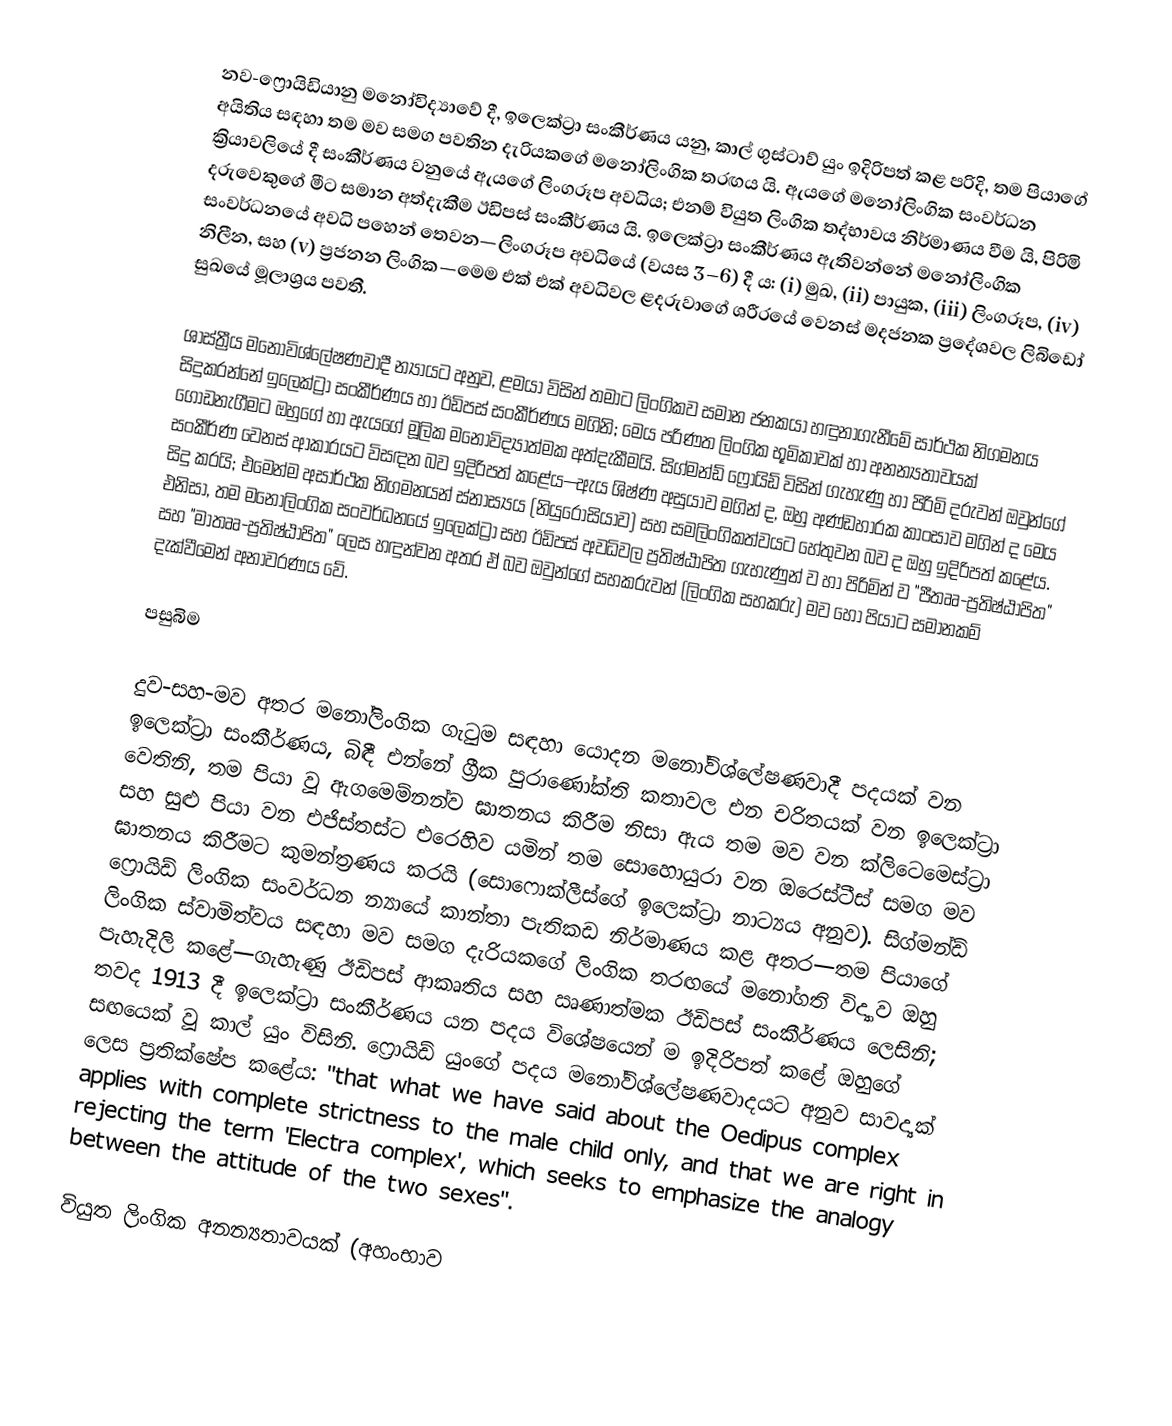
නව-ෆ්‍රොයිඩියානු මනෝවිද්‍යාවේ දී, ඉලෙක්ට්‍රා සංකීර්ණය යනු, කාල් ගුස්ටාව් යුං ඉදිරිපත් කළ පරිදි, තම පියාගේ අයිතිය සඳහා තම මව සමග පවතින දැරියකගේ මනෝලිංගික තරඟය යි. ඇයගේ මනෝලිංගික සංවර්ධන ක්‍රියාවලියේ දී සංකීර්ණය වනුයේ ඇයගේ ලිංගරූප අවධිය; එනම් වියුත ලිංගික තද්භාවය නිර්මාණය වීම යි, පිරිමි දරුවෙකුගේ මීට සමාන අත්දැකීම ඊඩිපස් සංකීර්ණය යි. ඉලෙක්ට්‍රා සංකීර්ණය ඇතිවන්නේ මනෝලිංගික සංවර්ධනයේ අවධි පහෙන් තෙවන—ලිංගරූප අවධියේ (වයස 3–6) දී ය: (i) මුඛ, (ii) පායුක, (iii) ලිංගරූප, (iv) නිලීන, සහ (v) ප්‍රජනන ලිංගික—මෙම එක් එක් අවධිවල ළදරුවාගේ ශරීරයේ වෙනස් මදජනක ප්‍රදේශවල ලිබිඩෝ සුඛයේ මූලාශ්‍රය පවතී.

ශාස්ත්‍රීය මනෝවිශ්ලේෂණවාදී න්‍යායට අනුව, ළමයා විසින් තමාට ලිංගිකව සමාන ජනකයා හඳුනාගැනීමේ සාර්ථක නිගමනය සිදුකරන්නේ ඉලෙක්ට්‍රා සංකීර්ණය හා ඊඩිපස් සංකීර්ණය මගිනි; මෙය පරිණත ලිංගික භූමිකාවක් හා අනන්‍යතාවයක් ගොඩනැගීමට ඔහුගේ හා ඇයගේ මූලික මනෝවිද්‍යාත්මක අත්දැකීමයි. සිග්මන්ඩ් ෆ්‍රොයිඩ් විසින් ගැහැණු හා පිරිමි දරුවන් ඔවුන්ගේ සංකීර්ණ වෙනස් ආකාරයට විසඳන බව ඉදිරිපත් කළේය—ඇය ශිෂ්ණ අසුයාව මගින් ද, ඔහු අණ්ඩහාරක කාංසාව මගින් ද මෙය සිදු කරයි; එමෙන්ම අසාර්ථක නිගමනයන් ස්නාස්‍යය (නියුරෝසියාව) සහ සමලිංගිකත්වයට හේතුවන බව ද ඔහු ඉදිරිපත් කළේය. එනිසා, තම මනෝලිංගික සංවර්ධනයේ ඉලෙක්ට්‍රා සහ ඊඩිපස් අවධිවල ප්‍රතිෂ්ඨාපිත ගැහැණුන් ව හා පිරිමින් ව "පීතෲ-ප්‍රතිෂ්ඨාපිත" සහ "මාතෲ-ප්‍රතිෂ්ඨාපිත" ලෙස හඳුන්වන අතර ඒ බව ඔවුන්ගේ සහකරුවන් (ලිංගික සහකරු) මව හෝ පියාට සමානකම් දැක්වීමෙන් අනාවරණය වේ.

පසුබිම

දුව-සහ-මව අතර මනෝලිංගික ගැටුම සඳහා යොදන මනෝවිශ්ලේෂණවාදී පදයක් වන ඉලෙක්ට්‍රා සංකීර්ණය, බිඳී එන්නේ ග්‍රීක පුරාණෝක්ති කතාවල එන චරිතයක් වන ඉලෙක්ට්‍රා වෙතිනි, තම පියා වූ ඇගමෙම්නන්ව ඝාතනය කිරීම නිසා ඇය තම මව වන ක්ලිටෙමෙස්ට්‍රා සහ සුළු පියා වන එජිස්තස්ට එරෙහිව යමින් තම සොහොයුරා වන ඔරෙස්ටීස් සමග මව ඝාතනය කිරීමට කුමන්ත්‍රණය කරයි (සොෆොක්ලීස්ගේ ඉලෙක්ට්‍රා නාට්‍යය අනුව). සිග්මන්ඩ් ෆ්‍රොයිඩ් ලිංගික සංවර්ධන න්‍යායේ කාන්තා පැතිකඩ නිර්මාණය කළ අතර—තම පියාගේ ලිංගික ස්වාමිත්වය සඳහා මව සමග දැරියකගේ ලිංගික තරඟයේ මනෝගති විද්‍යාව ඔහු පැහැදිලි කළේ—ගැහැණු ඊඩිපස් ආකෘතිය සහ ඍණාත්මක ඊඩිපස් සංකීර්ණය ලෙසිනි; තවද 1913 දී ඉලෙක්ට්‍රා සංකීර්ණය යන පදය විශේෂයෙන් ම ඉදිරිපත් කළේ ඔහුගේ සඟයෙක් වූ කාල් යුං විසිනි. ෆ්‍රොයිඩ් යුංගේ පදය මනෝවිශ්ලේෂණවාදයට අනුව සාවද්‍යක් ලෙස ප්‍රතික්ෂේප කළේය: "that what we have said about the Oedipus complex applies with complete strictness to the male child only, and that we are right in rejecting the term 'Electra complex', which seeks to emphasize the analogy between the attitude of the two sexes".

වියුත ලිංගික අනන්‍යතාවයක් (අහංභාව